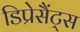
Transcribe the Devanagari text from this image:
डिप्रेसैंट्स